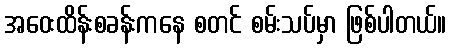
အဝေးထိန်းစခန်းကနေ စတင် စမ်းသပ်မှာ ဖြစ်ပါတယ်။